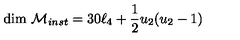
\mathrm { d i m } \ { \cal M } _ { i n s t } = 3 0 \ell _ { 4 } + \frac 1 2 u _ { 2 } ( u _ { 2 } - 1 )